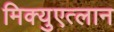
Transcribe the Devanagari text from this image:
मिक्युएत्लान